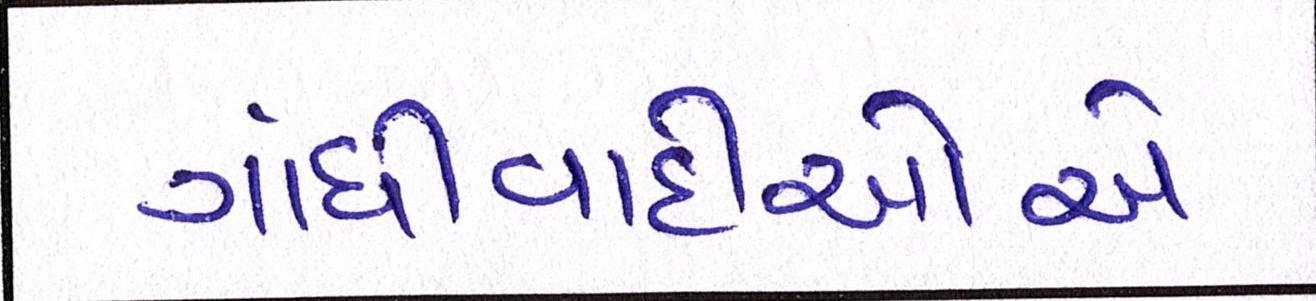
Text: ગાંધીવાદીઓએ